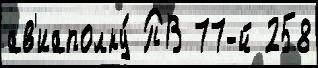
ав'иаполку́ ПВ 77-й 258